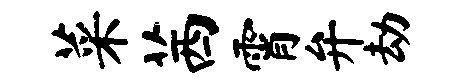
菜茜霄弁劫